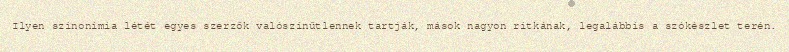
Ilyen szinonímia létét egyes szerzők valószínűtlennek tartják, mások nagyon ritkának, legalábbis a szókészlet terén.